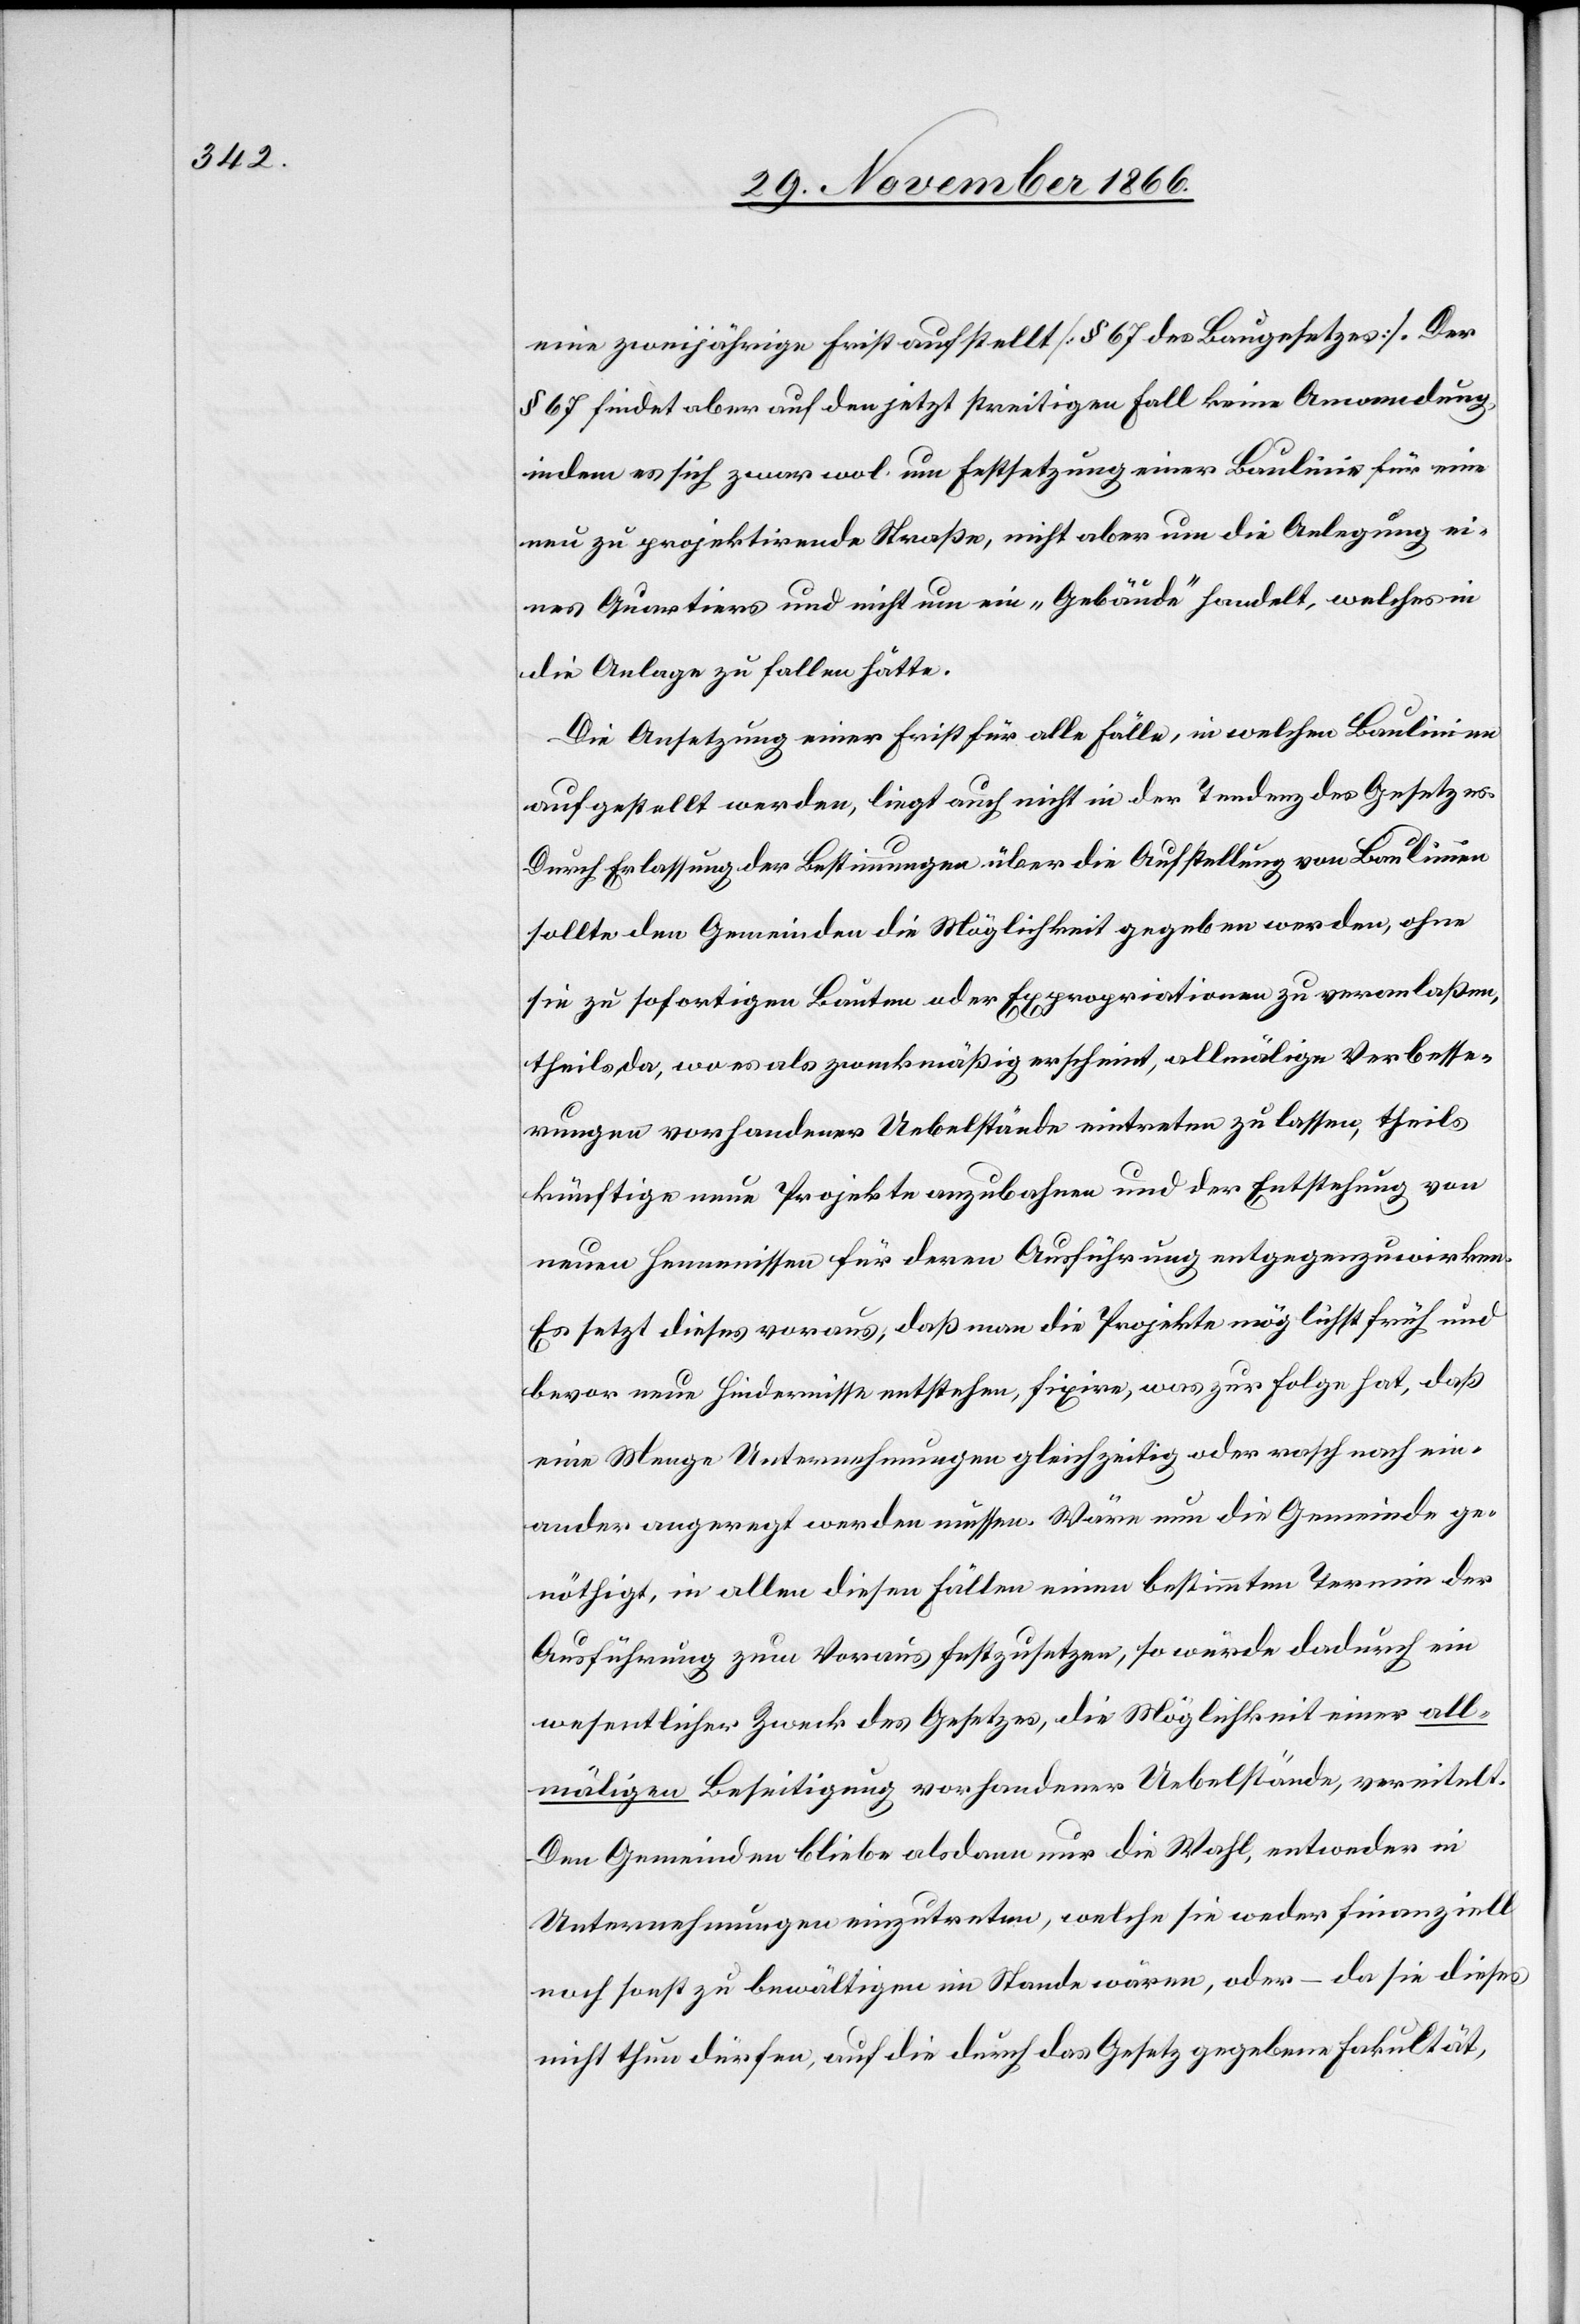
eine zweijährige Frist aufstellt [§ 67 des Baugesetzes]. Der
§ 67 findet aber auf den jetzt streitigen Fall keine Anwendung,
indem es sich zwar wol um Festsetzung einer Baulinie für eine
neu zu projektirende Straße, nicht aber um die Anlegung ei¬
nes Quartiers und nicht um ein „Gebäude“ handelt, welches in
die Anlage zu fallen hätte.
Die Ansetzung einer Frist für alle Fälle, in welchen Baulinien
aufgestellt werden, liegt auch nicht in der Tendenz des Gesetzes.
Durch Erlassung der Bestimmungen über die Aufstellung von Baulinien
sollte den Gemeinden die Möglichkeit gegeben werden, ohne
sie zu sofortigen Bauten oder Expropriationen zu veranlaßen,
theils da, wo es als zweckmäßig erscheint, allmälige Verbesse¬
rungen vorhandener Uebelstände eintreten zu lassen, theils
künftige neue Projekte anzubahnen und der Entstehung von
neuen Hemmnissen für deren Ausführung entgegenzuwirken.
Es setzt dieses voraus, daß man die Projekte möglichst früh und
bevor neue Hindernisse entstehen, fixire, was zur Folge hat, daß
eine Menge Unternehmungen gleichzeitig oder rasch nach ein¬
ander angeregt werden müssen. Wäre nun die Gemeinde ge¬
nöthigt, in allen diesen Fällen einen bestimmten Termin der
Ausführung zum Voraus festzusetzen, so würde dadurch ein
wesentlicher Zweck des Gesetzes, die Möglichkeit einer all¬
mäligen Beseitigung vorhandener Uebelstände, vereitelt.
Den Gemeinden bliebe alsdann nur die Wahl, entweder in
Unternehmungen einzutreten, welche sie weder finanziell
noch sonst zu bewältigen im Stande wären, oder – da sie dieses
nicht thun dürfen, auf die durch das Gesetz gegebene Fakultät,